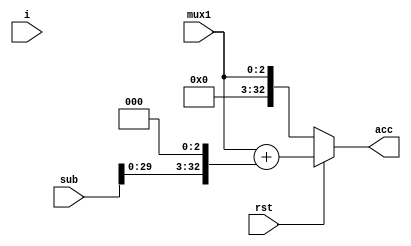
module Acc(
  input [32:0] sub,
  input [2:0] mux1,
  input [3:0] i,
  input rst,
  output reg [32:0] acc
);

always @ (i or rst)
begin
  if (rst == 1'b0)
    acc = mux1;
  else
    acc = mux1 + (sub<<3);
end
endmodule